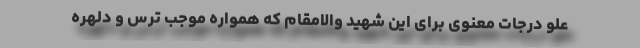
علوّ درجات معنوی برای این شهید والامقام که همواره موجب ترس و دلهره